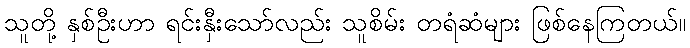
သူတို့ နှစ်ဦးဟာ ရင်းနှီးသော်လည်း သူစိမ်း တရံဆံများ ဖြစ်နေကြတယ်။